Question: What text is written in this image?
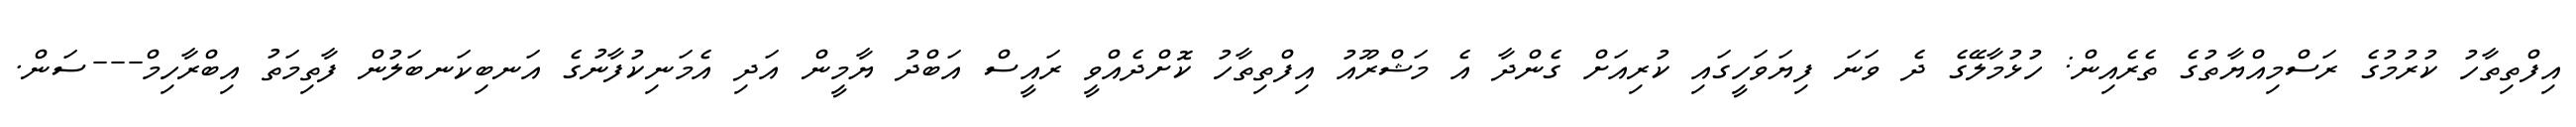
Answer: އިފްތިތާހު ކުރުމުގެ ރަސްމިއްޔާތުގެ ތެރެއިން: ހުޅުމާލޭގެ ދެ ވަނަ ފިޔަވަހީގައި ކުރިއަށް ގެންދާ އެ މަޝްރޫއު އިފްތިތާހު ކޮށްދެއްވީ ރައީސް އަބްދު ޔާމީން އަދި އެމަނިކުފާނުގެ އަނބިކަނބަލުން ފާތިމަތު އިބްރާހިމް---ސަން.